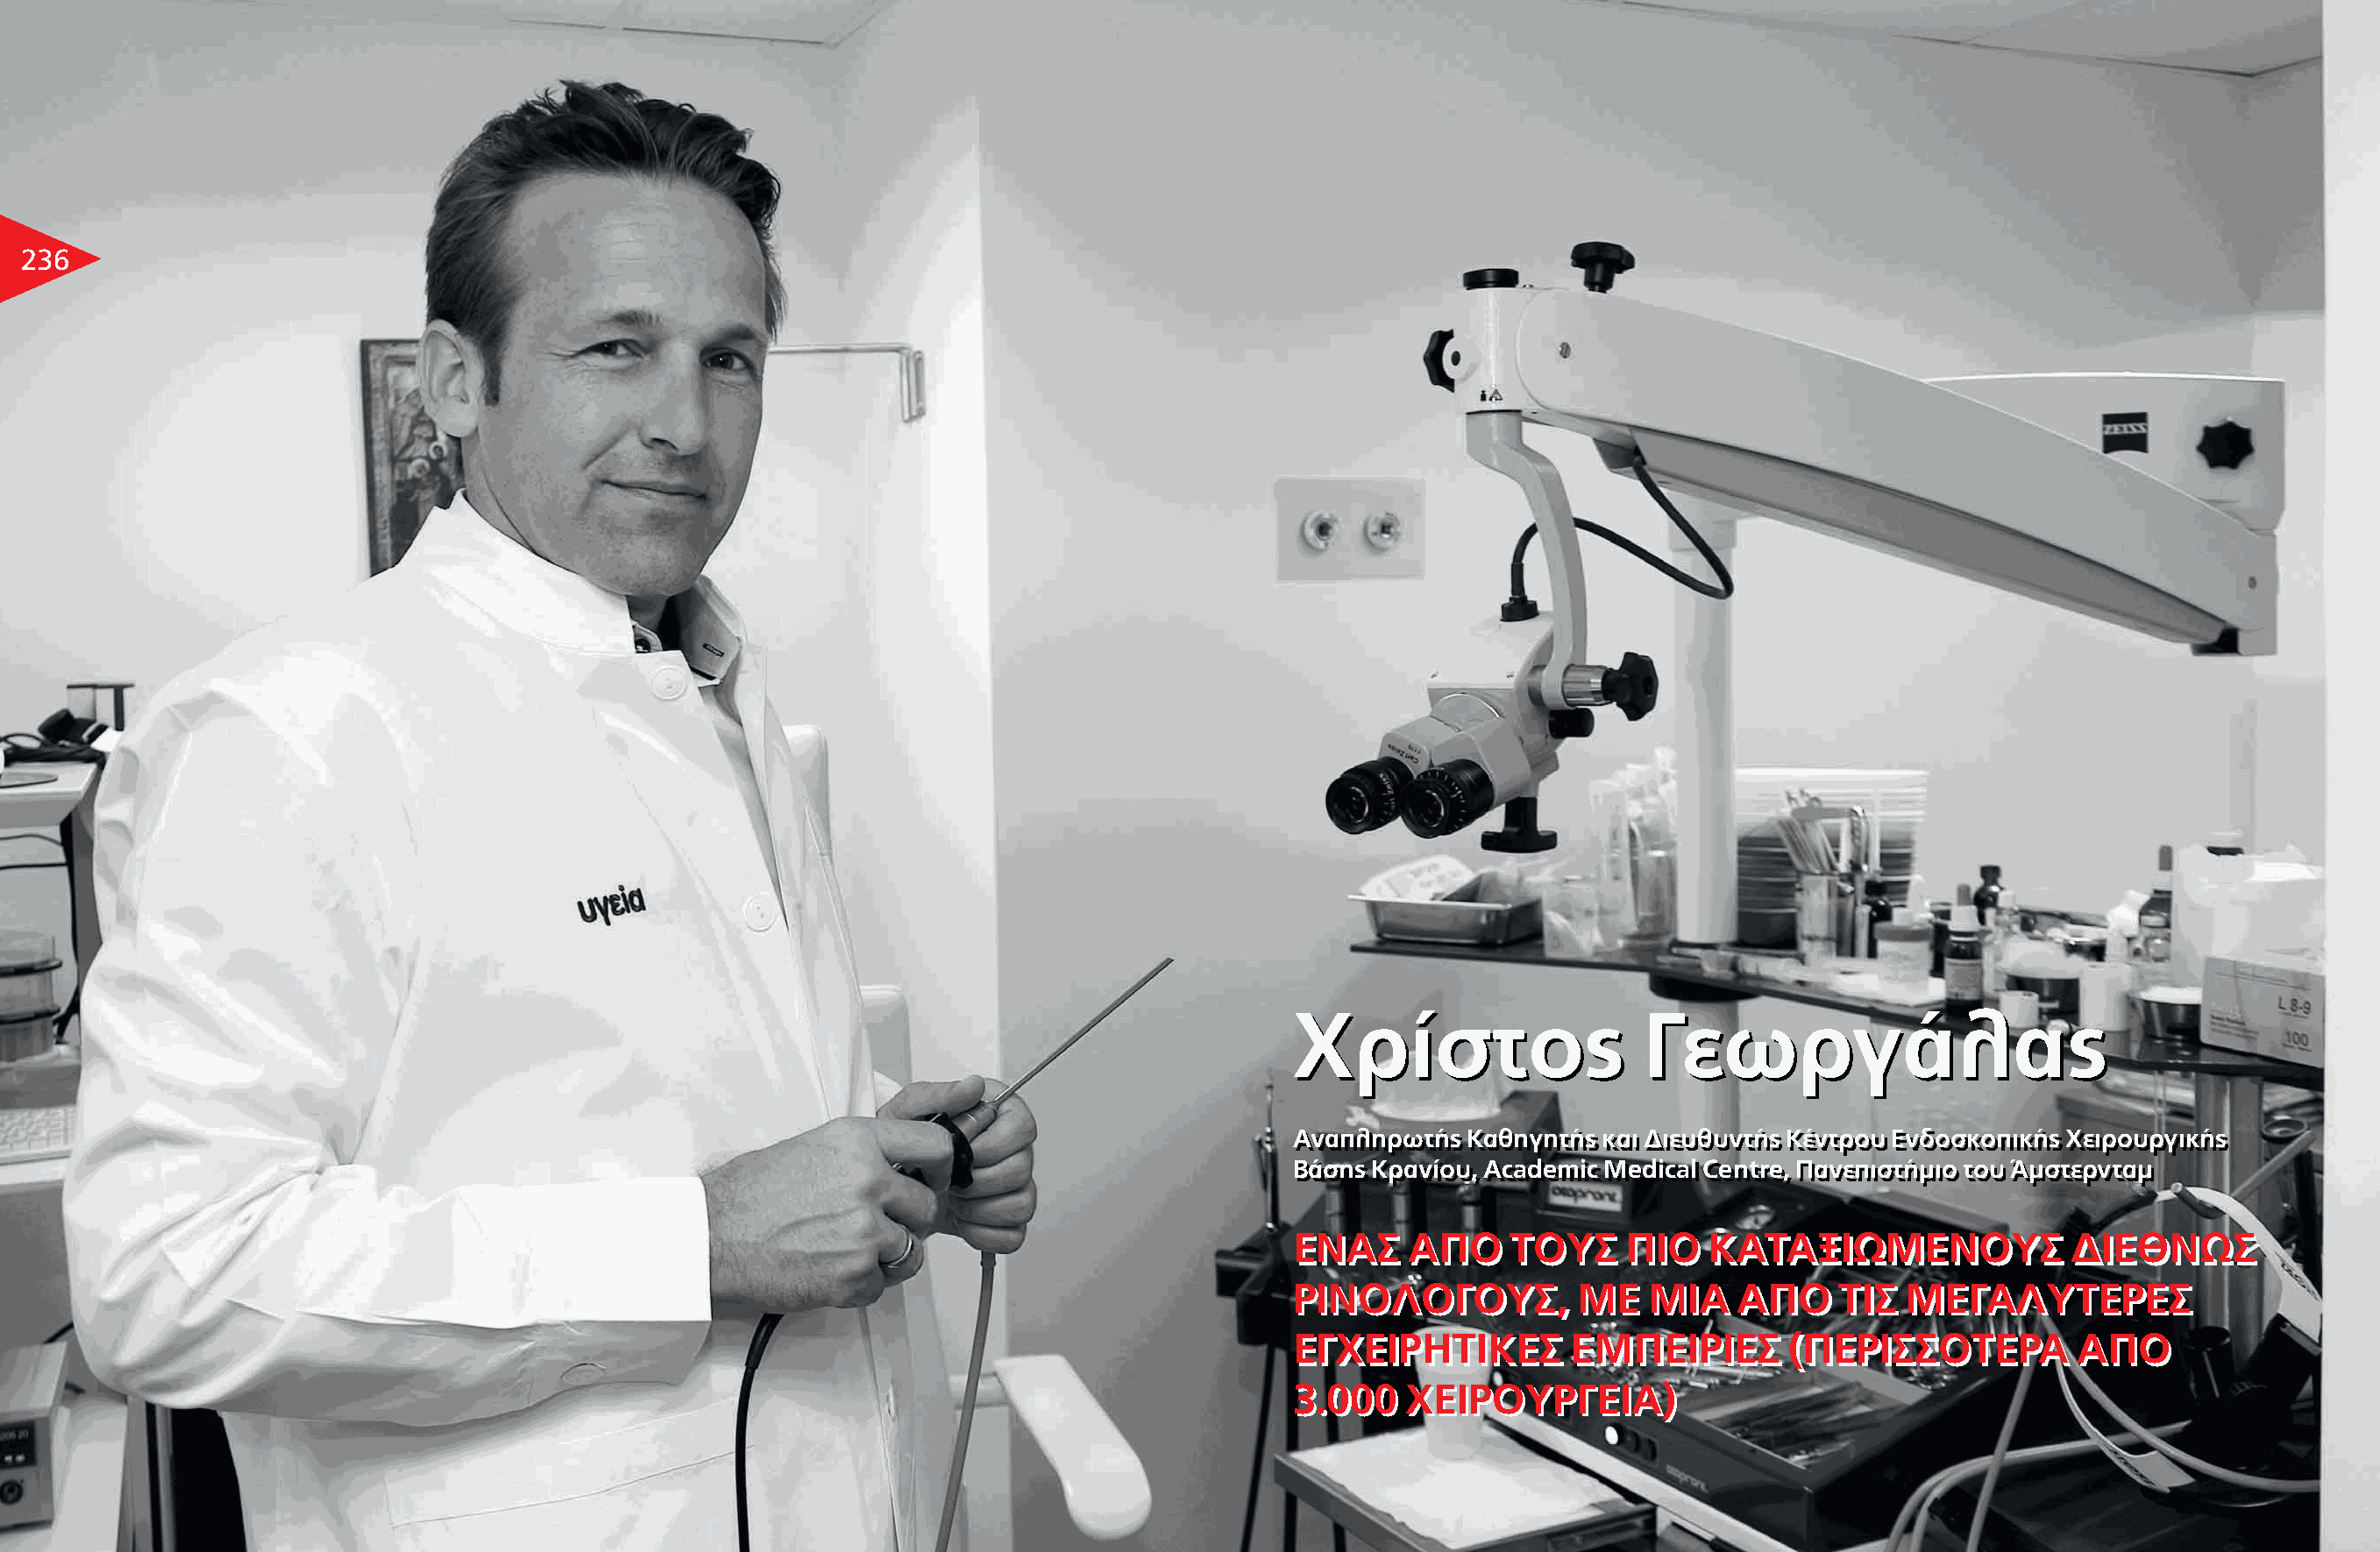
236
 ÃÃÚÚ››ÛÛÙÙÔÔ˜˜            °°ÂÂˆˆÚÚÁÁ¿¿ÏÏ··˜˜
 ∞∞ÓÓ··ÏÏËËÚÚˆˆÙÙ‹‹˜˜ ∫∫··ııËËÁÁËËÙÙ‹‹˜˜ ÎÎ··ÈÈ ¢¢ÈÈÂÂ˘˘ıı˘˘ÓÓÙÙ‹‹˜˜ ∫∫¤¤ÓÓÙÙÚÚÔÔ˘˘ ∂∂ÓÓ‰‰ÔÔÛÛÎÎÔÔÈÈÎÎ‹‹˜˜ ÃÃÂÂÈÈÚÚÔÔ˘˘ÚÚÁÁÈÈÎÎ‹‹˜˜
 μμ¿¿ÛÛËË˜˜ ∫∫ÚÚ··ÓÓ››ÔÔ˘˘,, AAccaaddeemmiicc MMeeddiiccaall CCeennttrree,, ¶¶··ÓÓÂÂÈÈÛÛÙÙ‹‹ÌÌÈÈÔÔ ÙÙÔÔ˘˘ ÕÕÌÌÛÛÙÙÂÂÚÚÓÓÙÙ··ÌÌ
 ∂∂¡¡∞∞™™ ∞∞¶¶√√ ΔΔ√√ÀÀ™™ ¶¶ππ√√ ∫∫∞∞ΔΔ∞∞••ππøøªª∂∂¡¡√√ÀÀ™™ ¢¢ππ∂∂££¡¡øø™™
 ƒƒππ¡¡√√§§√√°°√√ÀÀ™™,, ªª∂∂ ªªππ∞∞ ∞∞¶¶√√ ΔΔππ™™ ªª∂∂°°∞∞§§ÀÀΔΔ∂∂ƒƒ∂∂™™
 ∂∂°°ÃÃ∂∂ππƒƒ∏∏ΔΔππ∫∫∂∂™™ ∂∂ªª¶¶∂∂ππƒƒππ∂∂™™ ((¶¶∂∂ƒƒππ™™™™√√ΔΔ∂∂ƒƒ∞∞ ∞∞¶¶√√
 33..000000 ÃÃ∂∂ππƒƒ√√ÀÀƒƒ°°∂∂ππ∞∞))